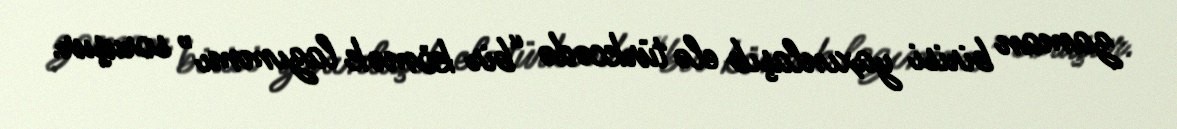
zaman birisi yaxınlaşıb elə türkcədə “bir kömək lazımmı” soruşur.